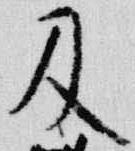
及